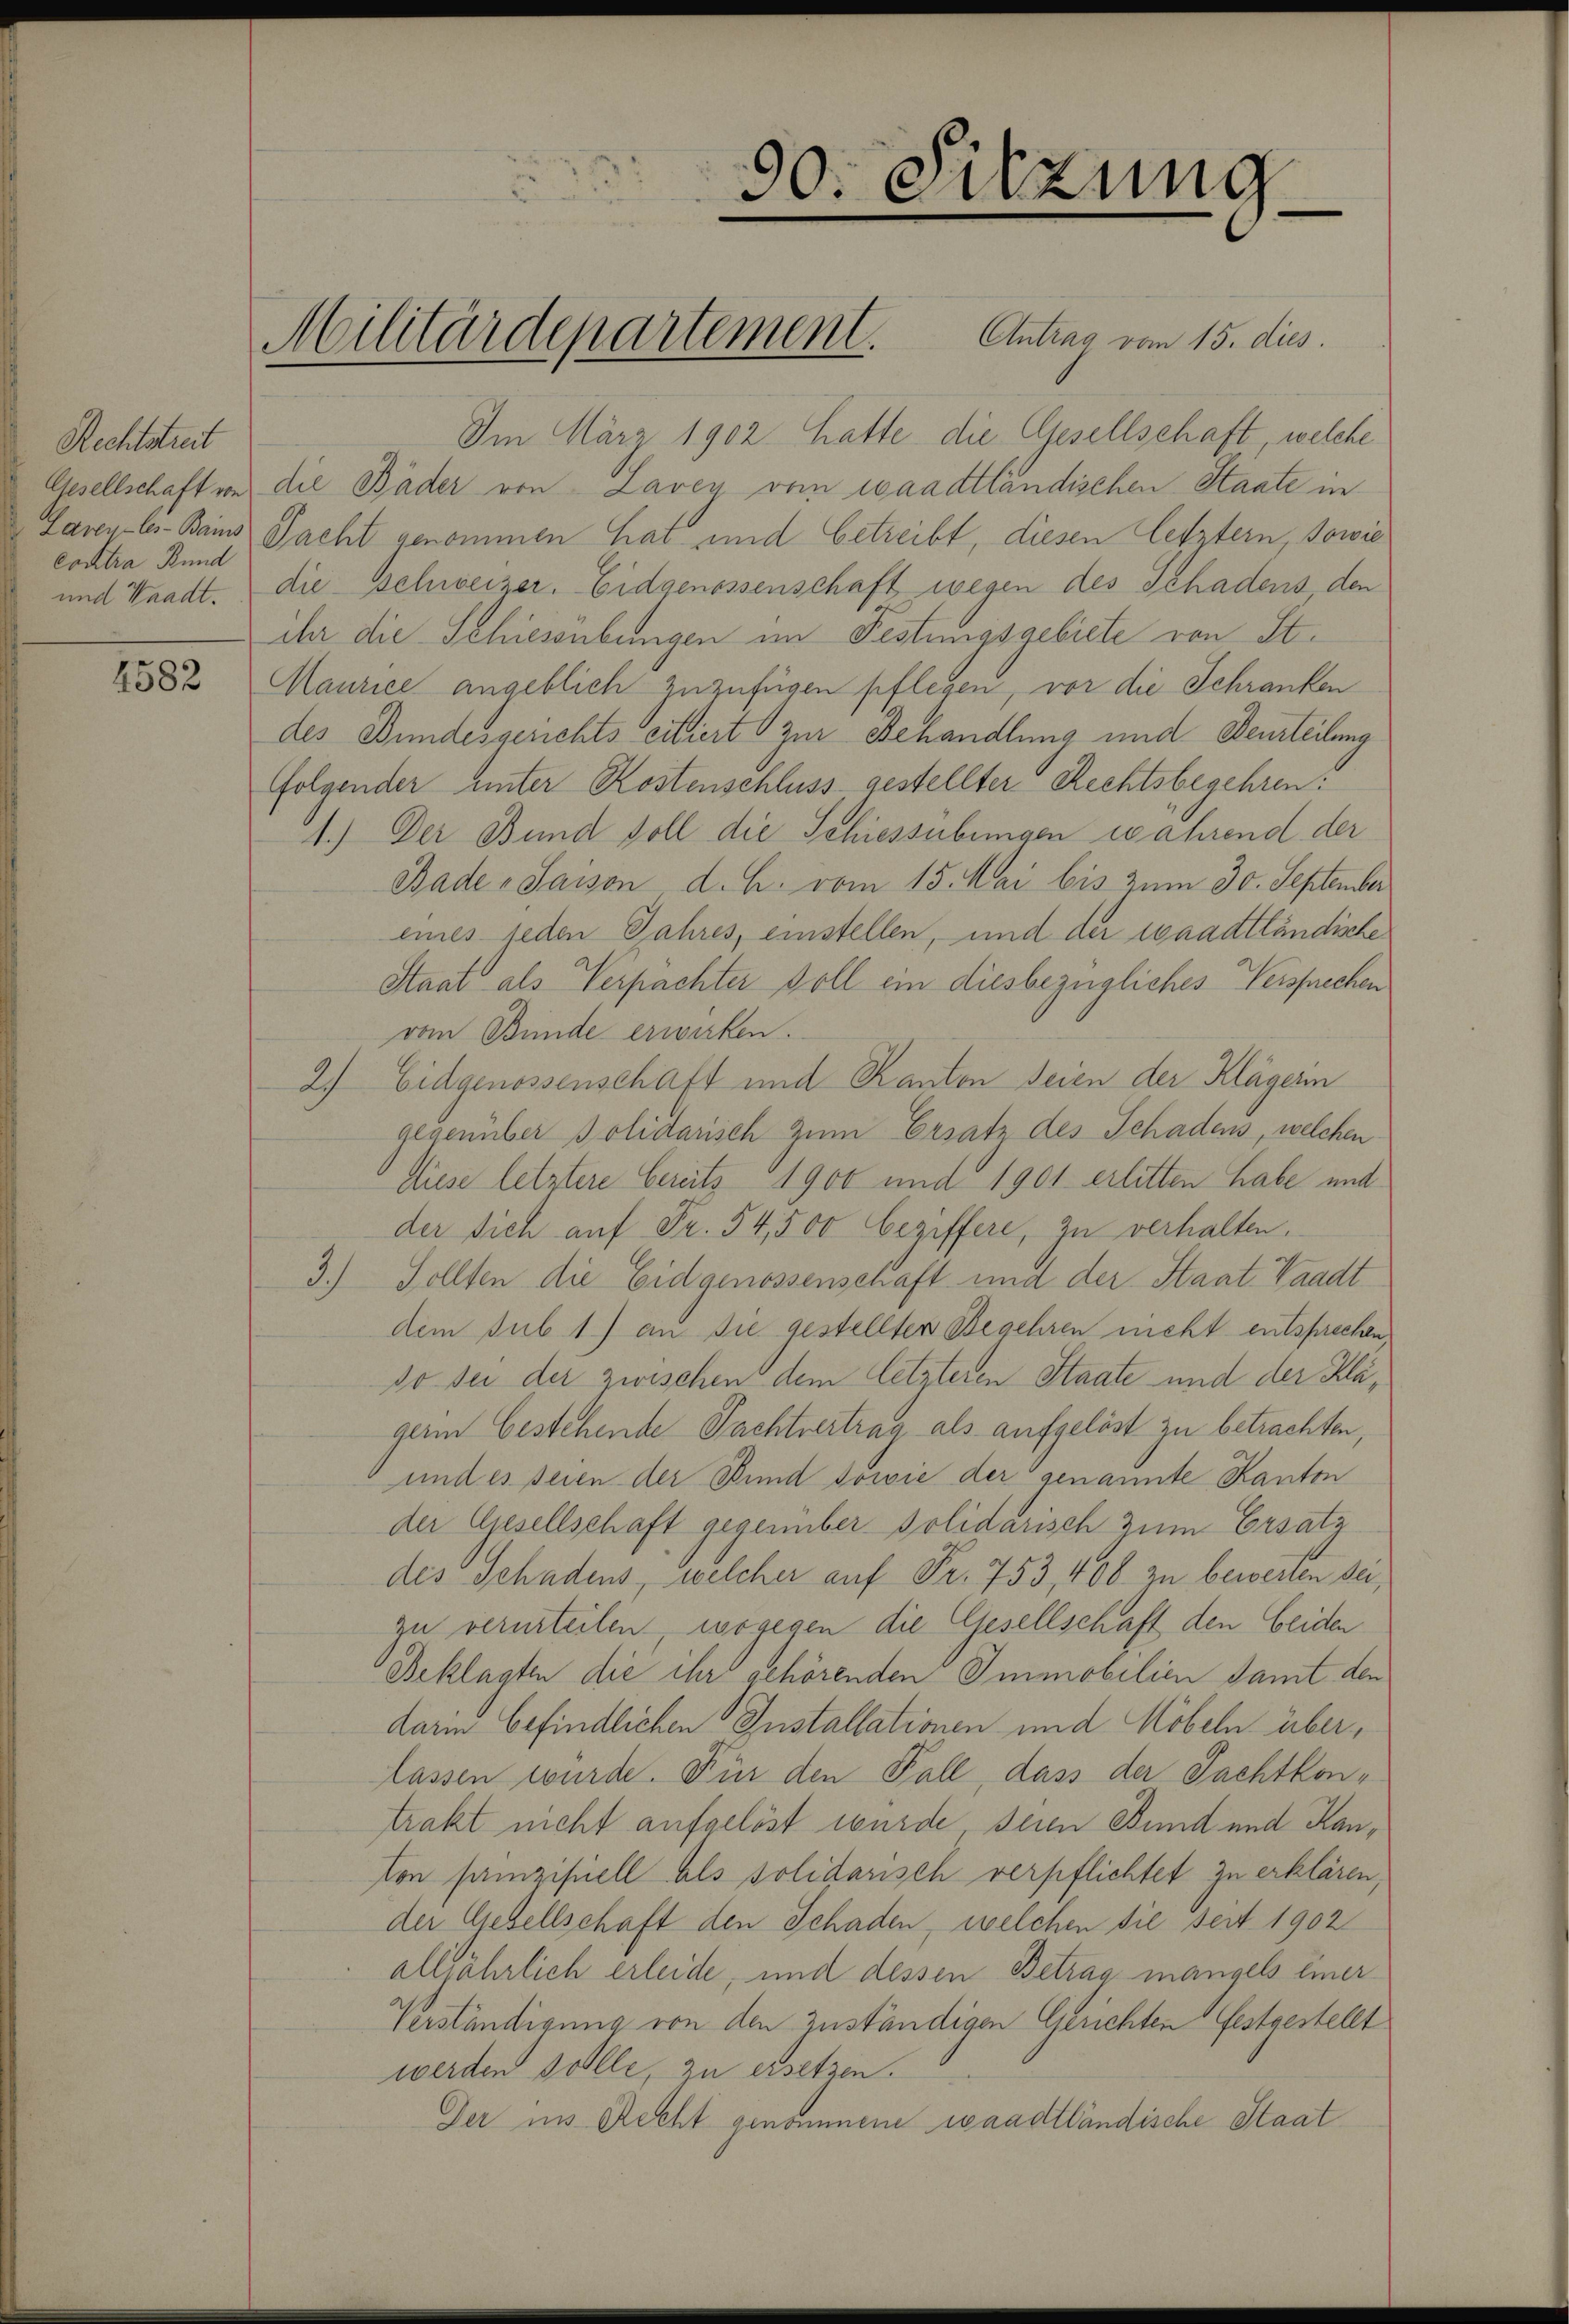
Rechtstreit
Contra Bund

4582

30. Sitzung
e

Im März 1902 hatte die Gesellschaft, welche
Gesellschaft von die Bäder von Lavey vom waadtländischen Staate in
Laney-les-Bains Pacht genommen hat und betreibt, diesen letztern, sowie
und Waadt. die schweizer. Eidgenossenschaft wegen des Schadens, den
ihr die Schiessübungen im Festungsgebiete von St.
Maurice angeblich zuzufügen pflegen, vor die Schranken
des Bundesgerichts citiert zur Behandlung und Beurteilung
folgender unter Kostenschluss gestellter Rechtsbegehren.
1.) Der Bund soll die Schiessübungen wahrend der
Bade - Saison d. h. vom 15. Mai bis zum 30. September
eines jeden Jahres, einstellen, und der waadtländische
Staat als Verpachter soll ein diesbezügliches Versprechen
vom Bunde erwirken.
2) Eidgenossenschaft und Kanton seien der Klägerin
gegenüber Polidarisch zum Ersatz des Schadens, welchen
Diese letztere bereits 1900 und 1901 erlitten habe und
der sich auf Fr. 54,500 beziffere, zu verhalten.
3.) Sollten die Eidgenossenschaft und der Staat Waadt
dem sub 1) an Sie gestellten Begehren nicht entsprechen
so sei der zwischen dem letzteren Staate und der Klägerin bestehende Pachtvertrag als aufgelöst zu betrachten,
und es seien der Bund sowie der genannte Kanton
der Gesellschaft gegenüber solidarisch zum Ersatz
des Schadens, welcher auf Fr. 753, 408. zu bewerten sei,
zu verurteilen, wogegen die Gesellschaft den beiden
Beklagten die ihr gehörenden Immobilien samt den
darin befindlichen Installationen und Möbeln überlassen wurde. Für den Fall, dass der Pachtkontrakt nicht aufgelöst wurde seien Bund und Kanton prinzipiell als solidarisch verpflichtet zu erklären,
der Gesellschaft den Schaden, welchen die seit 1902
allfährlich erleide, und dessen Betrag mangels einer
Verständigung von den zuständigen Gerichten festgestellt
werden sollte, zu ersetzen.
Der ins Recht genommene waadtländische Staat

Militärdepartement. Antrag vom 15. dies.